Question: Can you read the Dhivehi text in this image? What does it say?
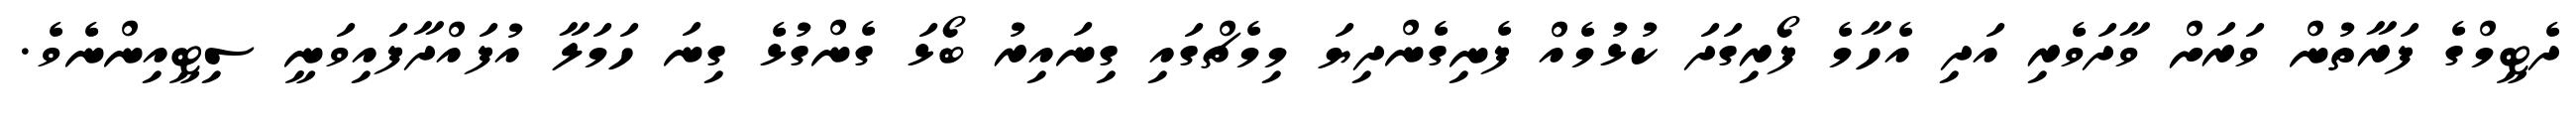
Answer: ދެޓީމްގެ ފަރާތުން ވަރަށް ވާދަވެރި އަދި އެހާމެ ފޯރިގަދަ ކުޅުމެއް ފެނިގެންދިޔަ މިމެޗްގައި ގިނައިރު ބޯޅަ ގެންގުޅެ ގިނަ ހަމަލާ އުފައްދާފައިވަނީ ސިޓީއިންނެވެ.